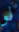
لو